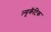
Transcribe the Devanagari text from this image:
ल्यूकॅटिक